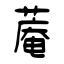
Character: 蓭